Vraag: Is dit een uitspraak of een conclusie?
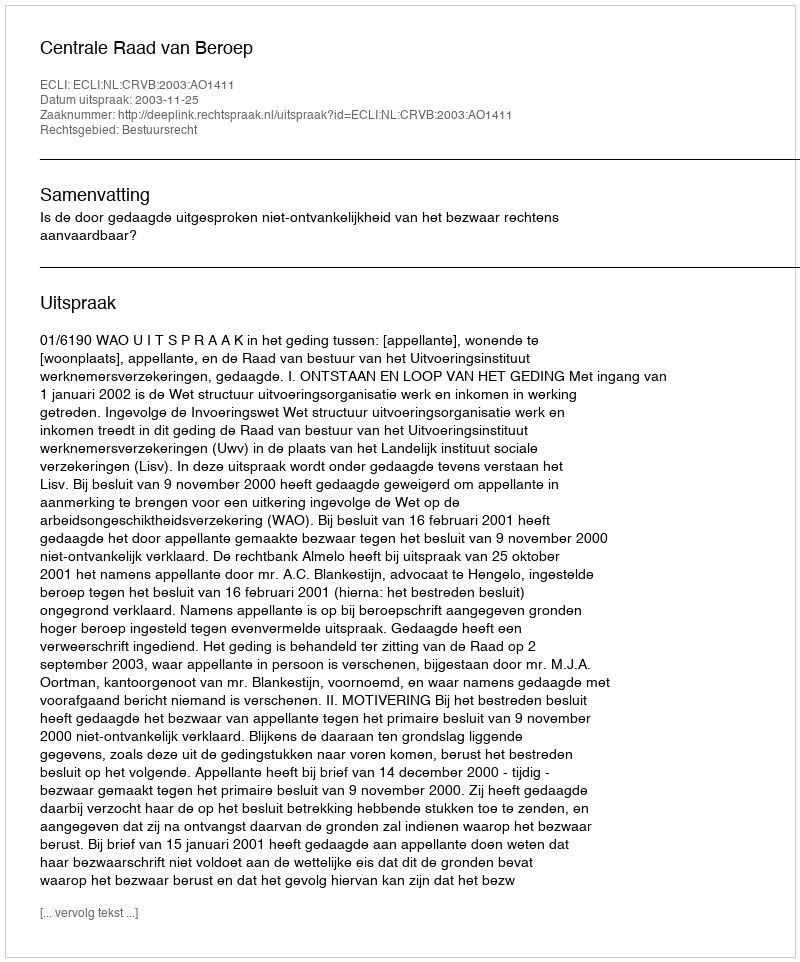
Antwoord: Uitspraak